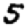
Digit: 5